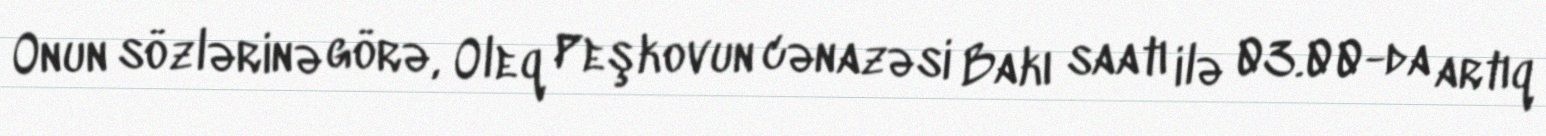
Onun sözlərinə görə, Oleq Peşkovun cənazəsi Bakı saatı ilə 03.00-da artıq